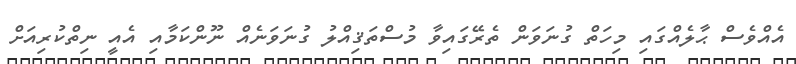
އެއްވެސް ޙާލެއްގައި މިހަތް ގުނަވަން ތެރޭގައިވާ މުސްތަޤިއްލު ގުނަވަނެއް ނޫންކަމާއި އެއީ ނިތްކުރިއަށް